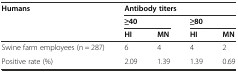
<table><thead><tr><td><b>Humans</b></td><td colspan="4"><b>Antibody titers</b></td></tr><tr><td></td><td colspan="2"><b>≥40</b></td><td colspan="2"><b>≥80</b></td></tr><tr><td></td><td><b>HI</b></td><td><b>MN</b></td><td><b>HI</b></td><td><b>MN</b></td></tr></thead><tbody><tr><td>Swine farm employees (n = 287)</td><td>6</td><td>4</td><td>4</td><td>2</td></tr><tr><td>Positive rate (%)</td><td>2.09</td><td>1.39</td><td>1.39</td><td>0.69</td></tr></tbody></table>